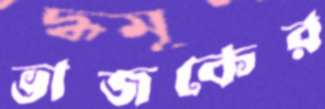
ভাজকের